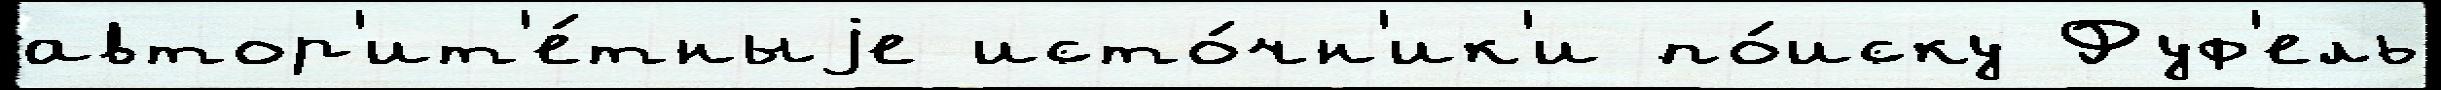
автор'ит'е́тныjе исто́чн'ик'и по́иску Фуф'ель